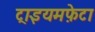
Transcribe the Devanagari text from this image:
ट्राइयमफ़ेटा